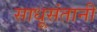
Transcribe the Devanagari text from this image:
साधूसंतानी